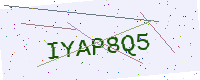
Text: IYAP8Q5